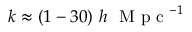
k \approx ( 1 - 3 0 ) \ h \ \mathrm { ~ M ~ p ~ c ~ } ^ { - 1 }